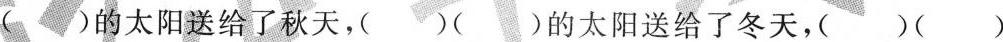
( )的太阳送给了秋天，( )( )的太阳送给了冬天，( )( )